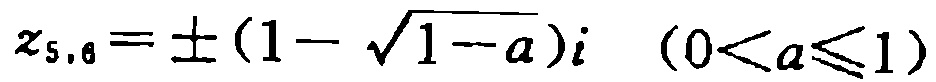
\(z_{5,6}=\pm(1 - \sqrt{1 - a})i\quad(0 < a\leqslant1)\)